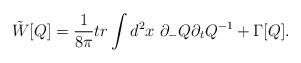
LaTeX: \begin{align*}\tilde{W}[Q] = \frac{1}{8 \pi} tr \int d^2x~ \partial_- Q \partial_t Q^{-1}+ \Gamma [Q].\end{align*}